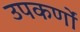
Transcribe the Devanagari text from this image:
उपकर्णों